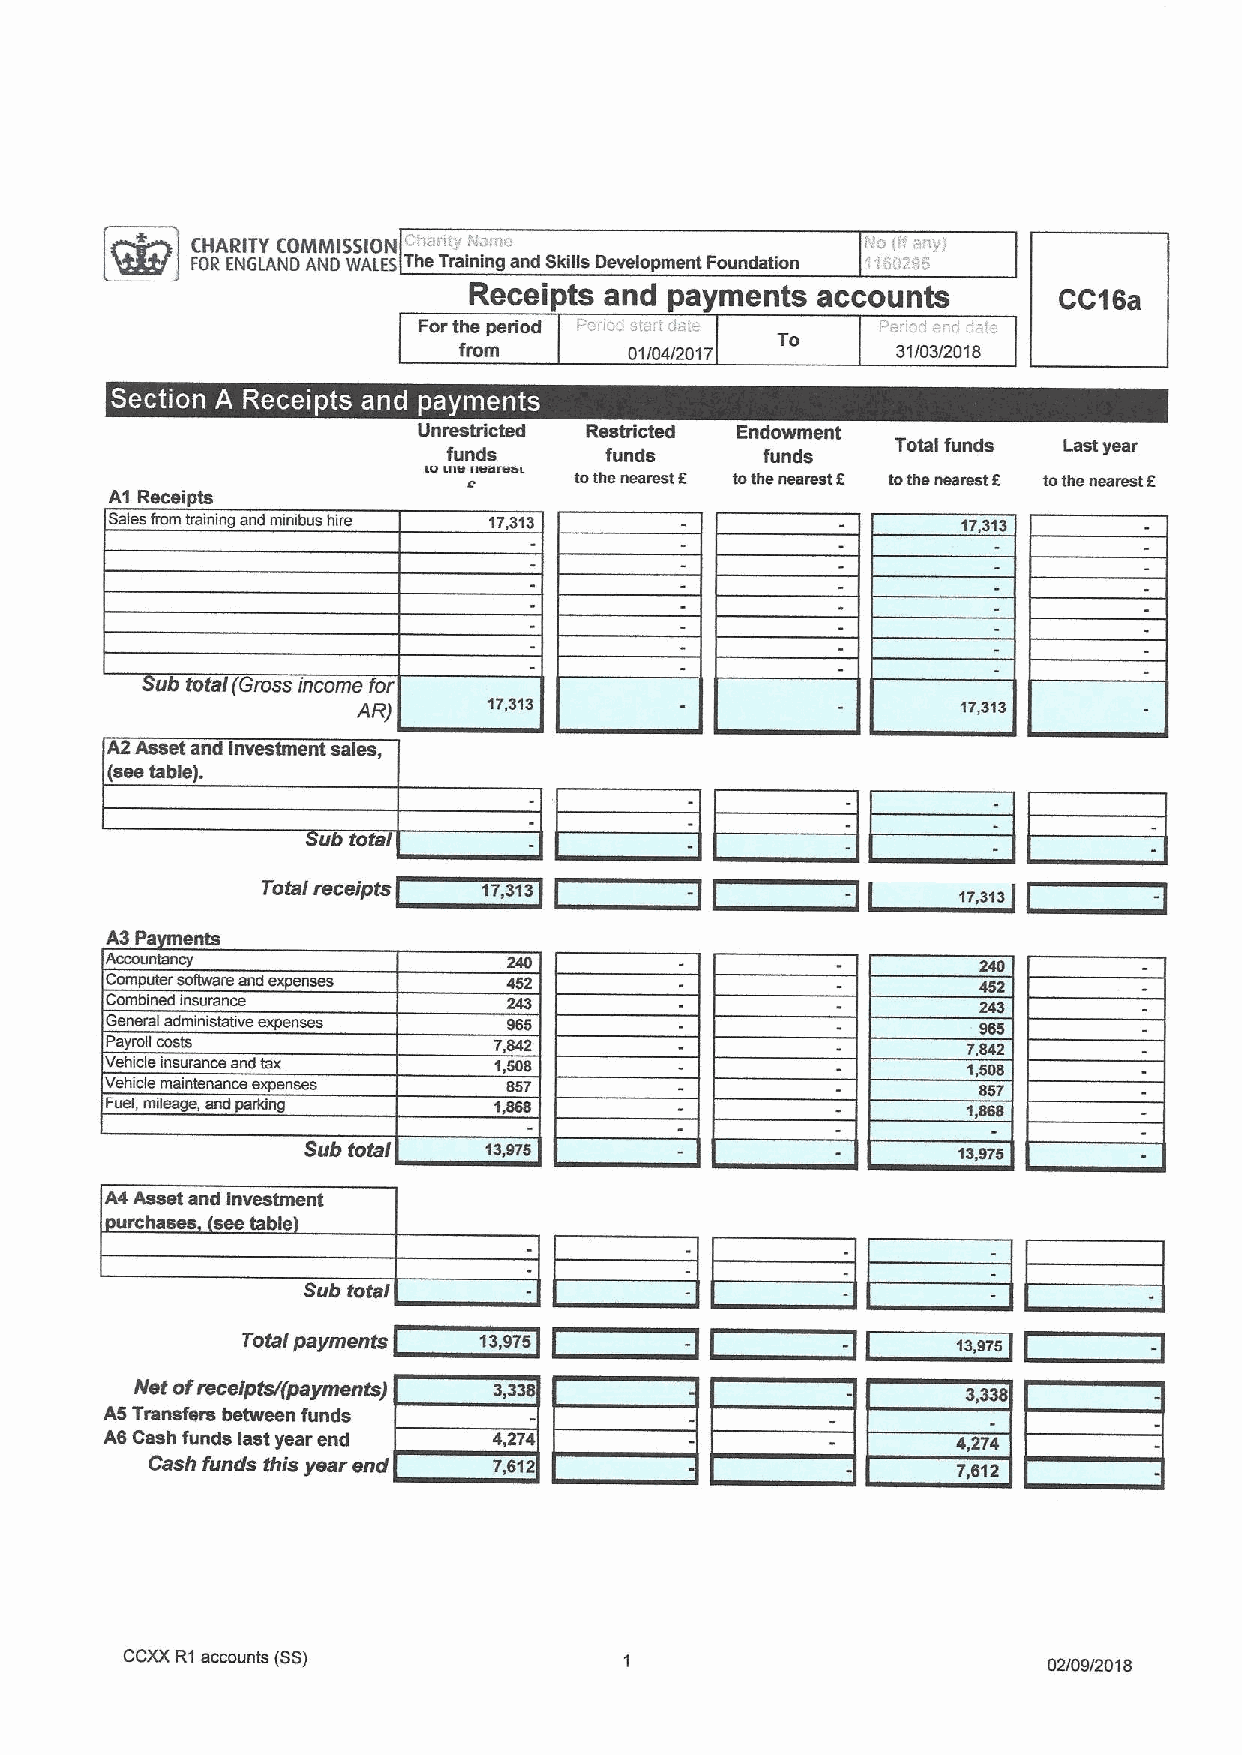
CHARITY COMMISSION ch/u "-*'f'omc Foundation;
 FDR ENGLAND AND WAIFS The Training and Skills DeveloPment ilii/298
 Receipts and payments  accounts        CC&ea
 Forthe period
 To
 from        01/04/201 7      31/03/2018
 ~  x     ~
 Unrestricted Restricted Endowment
 Total funds Last year
 funds     funds      funds
 lu VII'Ilsumsl tothe nearest 5 tothe nearest 5 toms nearest t iothe nearest 8
 A1 Receipts
 Sales from training sod minibus hire 17,313              17,313
 Sub total (Gross income for
 AR)
 17,313                          17,313
 A2Asset and investment sales
 (see table).
 ub tots
 Total receipts 17.313       -          -
 17,313
 A3 Pa ments
 Computer software snd expenses
 Combined insurance
 General sdminisfstive expenses
 payroll costs             7.842                          7,842
 Vehicle insurance scdlsx  1,508                          1,505
 Vehicle maintenance sxpsnsss 857                          857
 Fuel, mileage, sfxlparking                               1,858
 Sub total   13,975                         13,975
 A4Asset and investment
 urchases see table
 Sub total
 Total payments  13,975       -          -      m,975
 Net ofreceiptsr(payments) 3,338
 A5Transfers between funds
 AS Cash funds last year end 4,274                       4,274
 Cash funds this year end 7,812                       7,812
 CCXXR1accounts (SS)
 02/09/2018